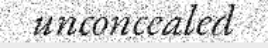
unconcealed